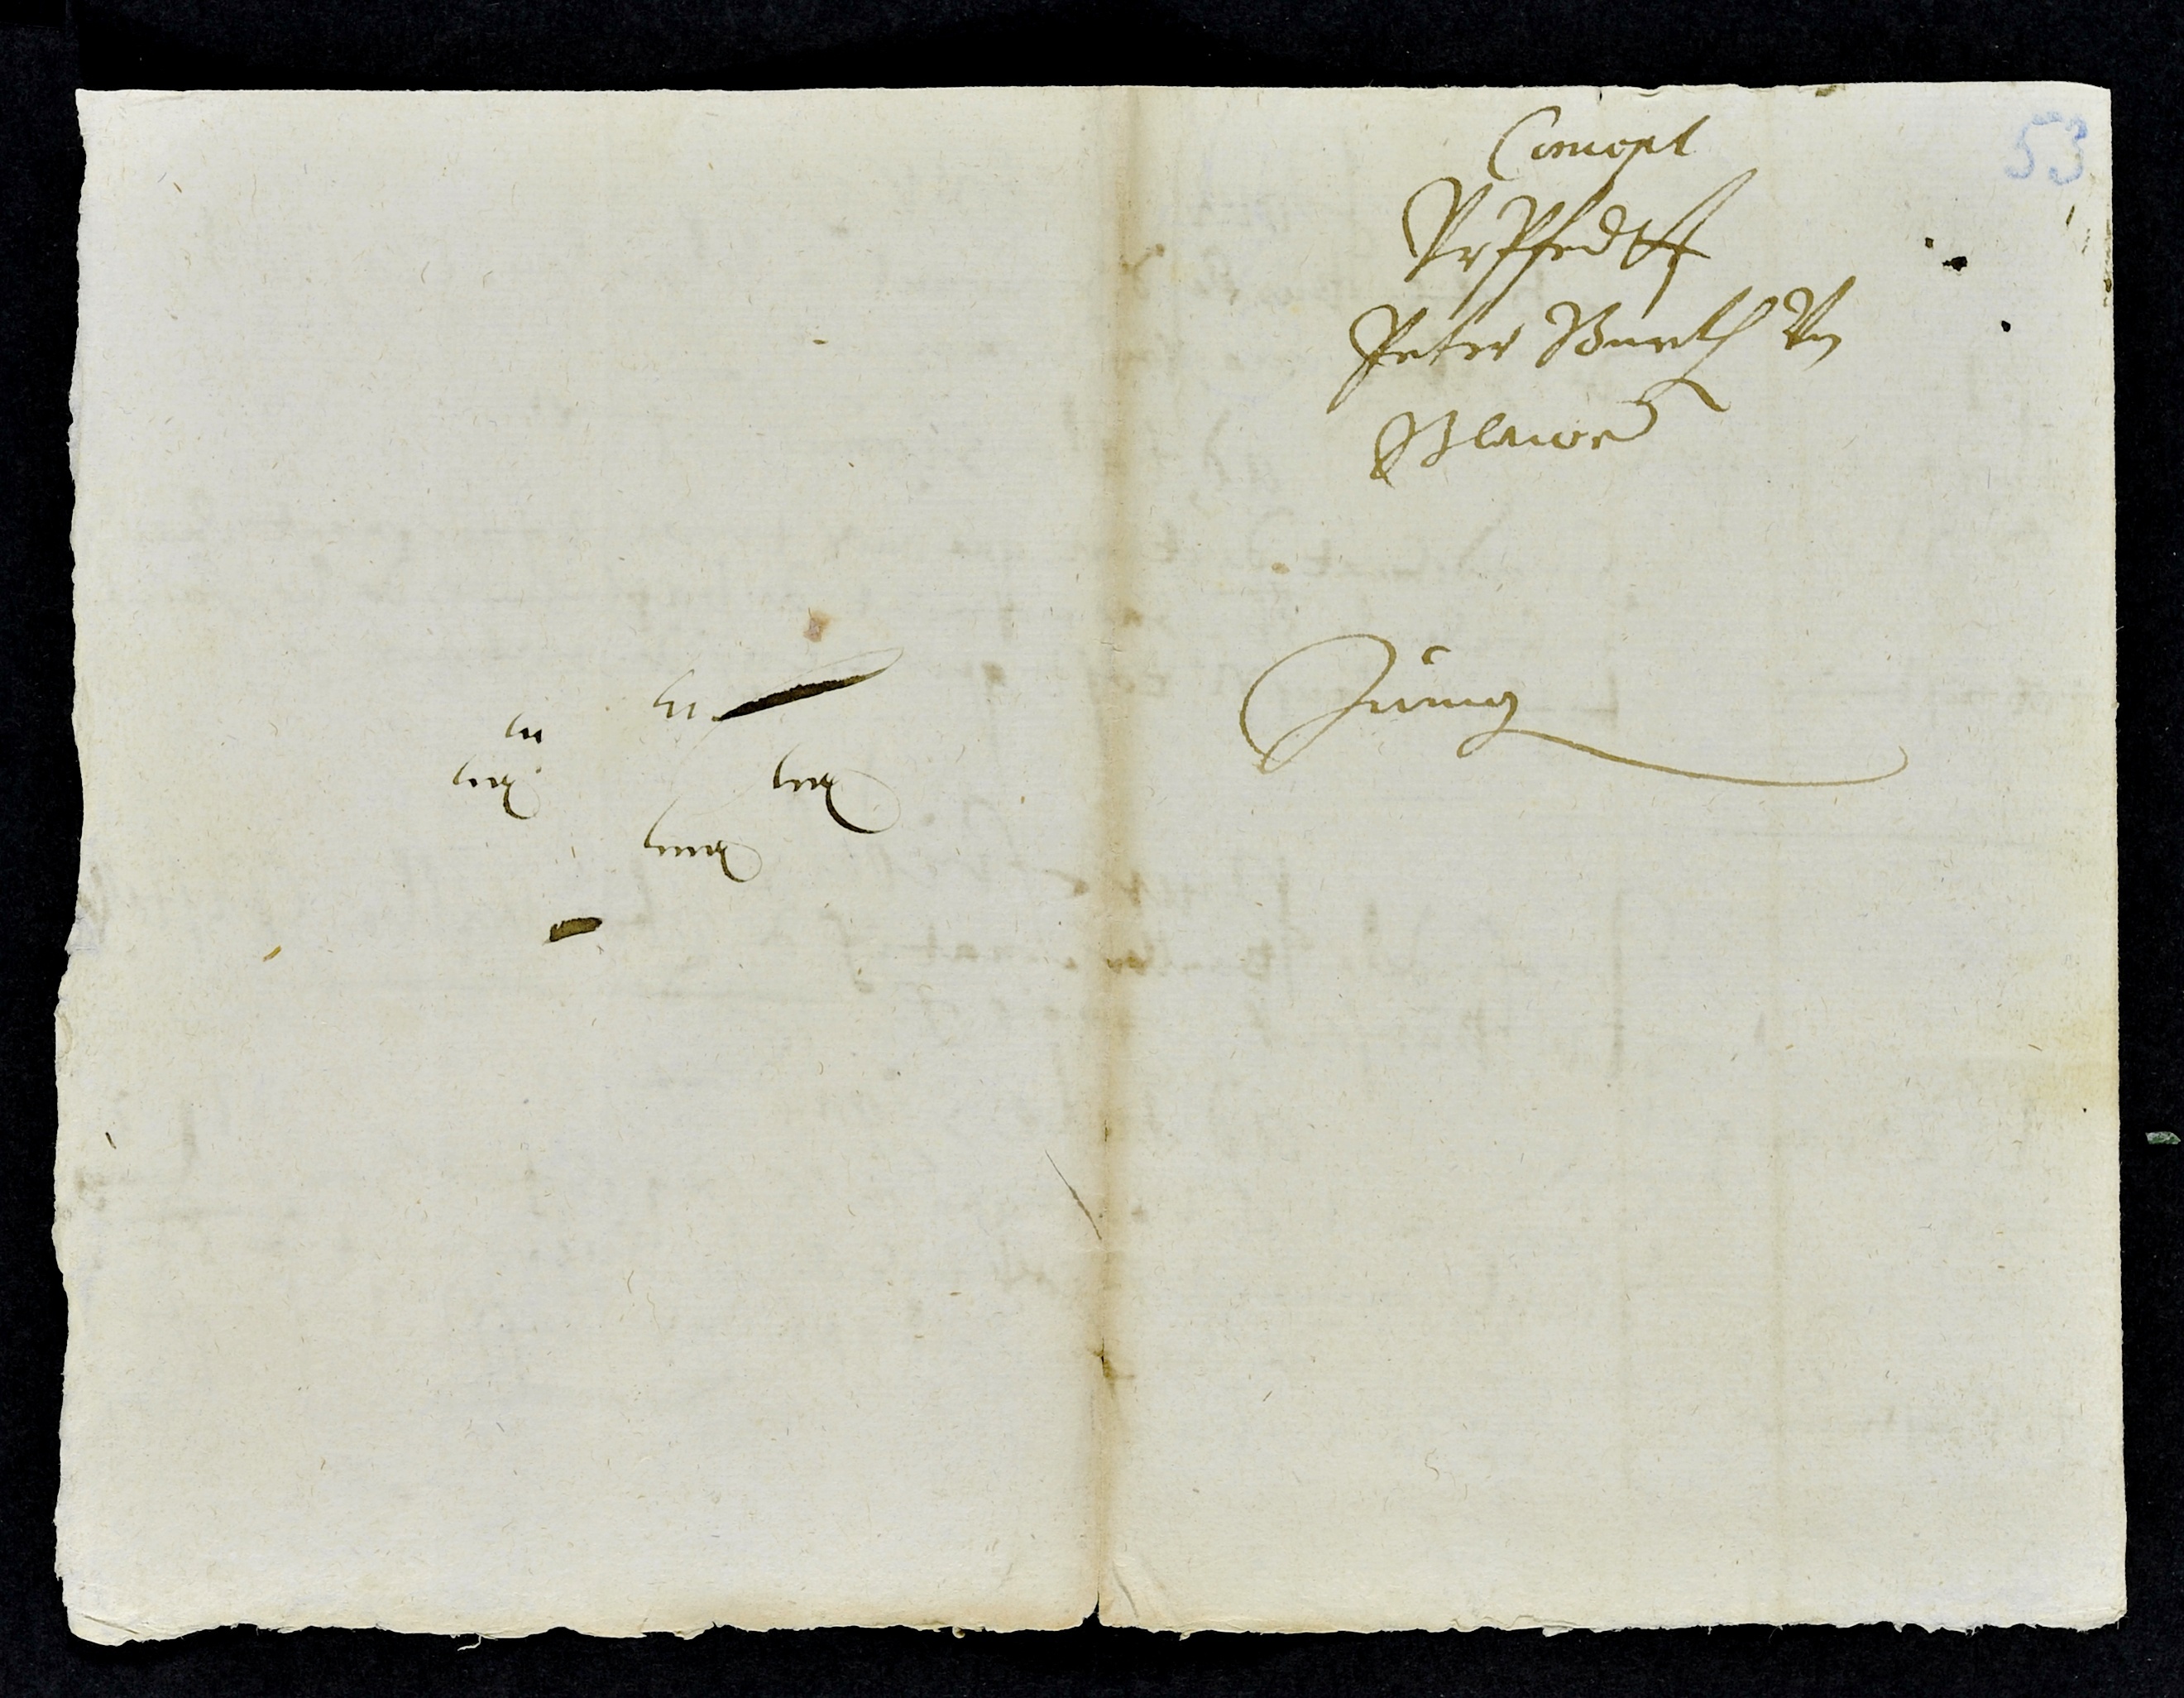
Concept
Vrpfedtt
Peter Burkh. von
Blawen
Zwingen